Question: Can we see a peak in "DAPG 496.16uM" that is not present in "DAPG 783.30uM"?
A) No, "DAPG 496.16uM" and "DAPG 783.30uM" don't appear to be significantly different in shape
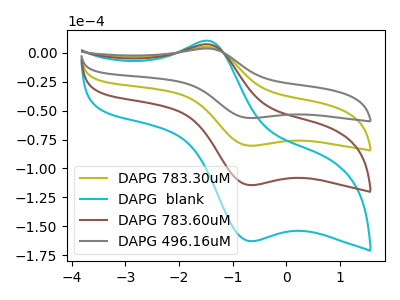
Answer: <think>The olive curve "DAPG 783.30uM" has an anodic peak at (-1.50V, 5.05uA) and a cathodic peak at (-0.70V, -80.35uA). The cyan curve "DAPG  blank" has an anodic peak at (-1.50V, 15.20uA) and a cathodic peak at (-0.70V, -241.00uA). The brown curve "DAPG 783.60uM" has an anodic peak at (-1.50V, 10.15uA) and a cathodic peak at (-0.70V, -160.65uA). The gray curve "DAPG 496.16uM" has an anodic peak at (-1.50V, 3.55uA) and a cathodic peak at (-0.70V, -56.45uA).
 All the peaks in "DAPG 496.16uM" have a peak in "DAPG 783.30uM" at the same potential. Every peak in "DAPG 496.16uM" is lower than every peak in "DAPG 783.30uM".</think>
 <answer>A) No, "DAPG 496.16uM" and "DAPG 783.30uM" don't appear to be significantly different in shape</answer>
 <eval>A</eval>